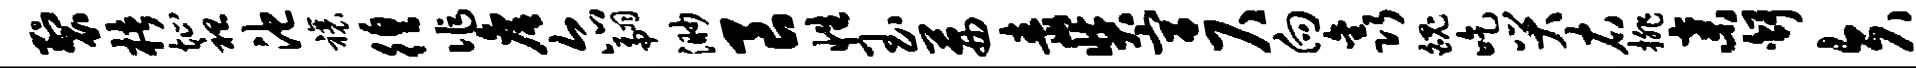
裂楮址袒池禳徨作詹尔翩渺良性玉茜毒奘宫尺向鑫魄吃哭右排弃舒矢